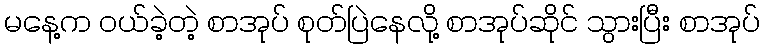
မနေ့က ဝယ်ခဲ့တဲ့ စာအုပ် စုတ်ပြဲနေလို့ စာအုပ်ဆိုင် သွားပြီး စာအုပ်